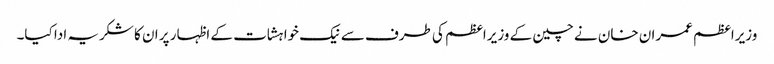
وزیراعظم عمران خان نے چین کے وزیراعظم کی طرف سے نیک خواہشات کے اظہار پر ان کا شکریہ ادا کیا۔